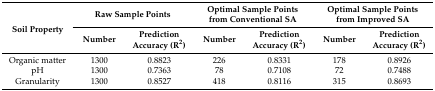
| <ROWSPAN=2> Soil Property | <COLSPAN=2> Raw Sample Points | <COLSPAN=2> Optimal Sample Points from Conventional SA | <COLSPAN=2> Optimal Sample Points from Improved SA |
 | Number | Prediction Accuracy (R2) | Number | Prediction Accuracy (R2) | Number | Prediction Accuracy (R2) |
 | --- | --- | --- | --- | --- | --- | --- |
 | Organic matter | 1300 | 0.8823 | 226 | 0.8331 | 178 | 0.8926 |
 | pH | 1300 | 0.7363 | 78 | 0.7108 | 72 | 0.7488 |
 | Granularity | 1300 | 0.8527 | 418 | 0.8116 | 315 | 0.8693 |